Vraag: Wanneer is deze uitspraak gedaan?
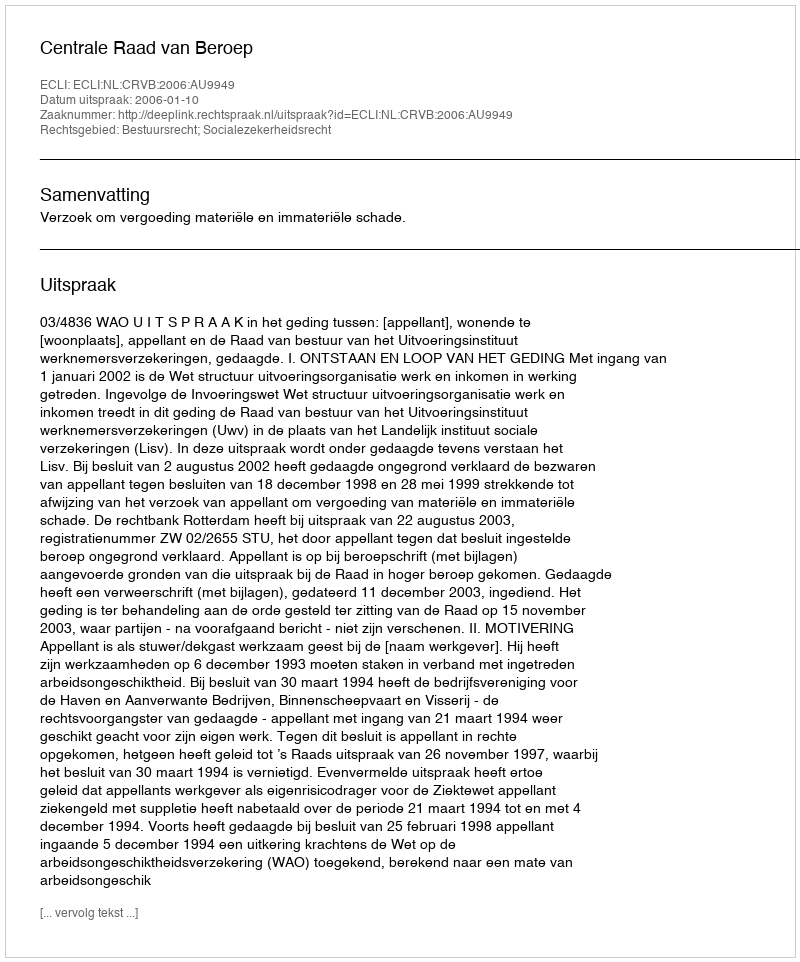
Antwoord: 2006-01-10